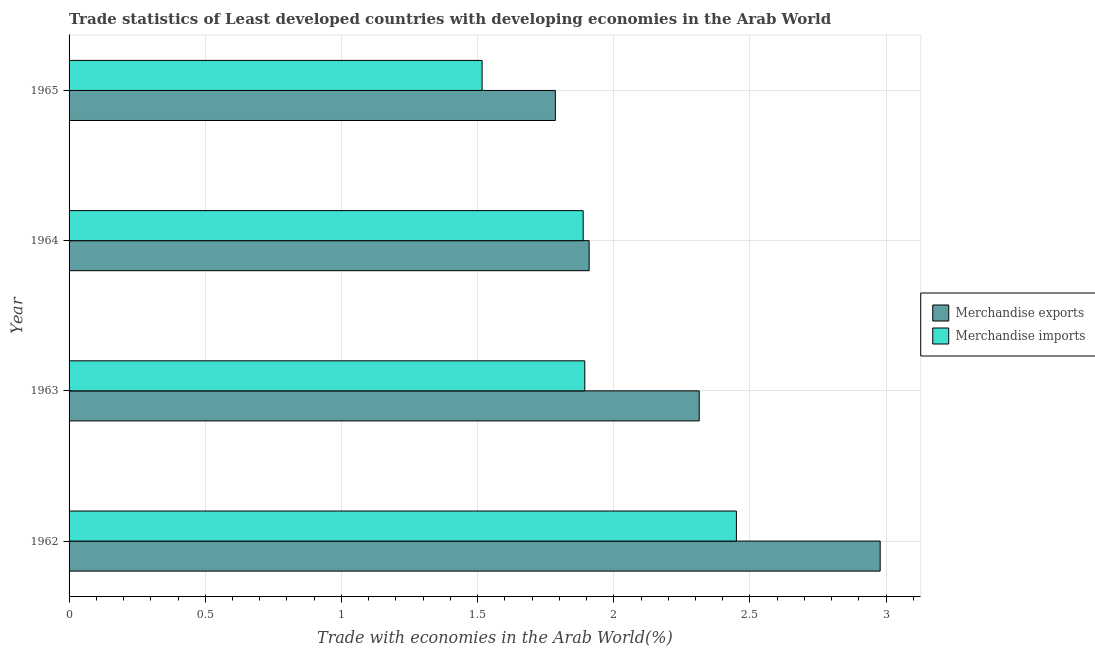
| Year | Merchandise exports | Merchandise imports |
 | --- | --- | --- |
 | 1962 | 2.98 | 2.45 |
 | 1963 | 2.31 | 1.89 |
 | 1964 | 1.91 | 1.89 |
 | 1965 | 1.79 | 1.52 |